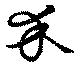
介